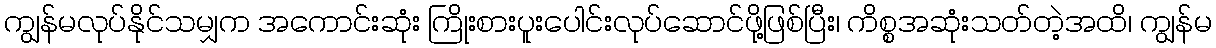
ကျွန်မလုပ်နိုင်သမျှက အကောင်းဆုံး ကြိုးစားပူးပေါင်းလုပ်ဆောင်ဖို့ဖြစ်ပြီး၊ ကိစ္စအဆုံးသတ်တဲ့အထိ၊ ကျွန်မ